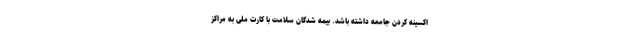
اكسينه کردن جامعه داشته باشد. بیمه شدگان سلامت با کارت ملی به مراکز